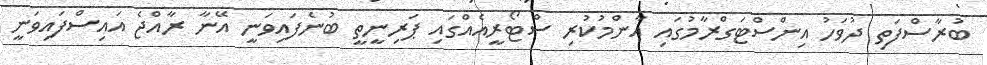
ބުރާސްފަތި ދުވަހު އިންސްޓަގްރާމުގައި އާންމުކުރި ސްޓޯރީއެއްގައި ޕަރިނީތީ ބުނެފައިވަނީ އޭނާ ރާއްޖެ އައިސްފައިވަނީ